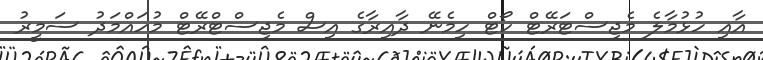
އާއި ހުޅުމާލެ މެޖިސްޓަރޭޓް ކޯޓް ހިމެނޭ ދާއިރާގެ އިސް މެޖިސްޓްރޭޓް މުހައްމަދު ސަމީރު